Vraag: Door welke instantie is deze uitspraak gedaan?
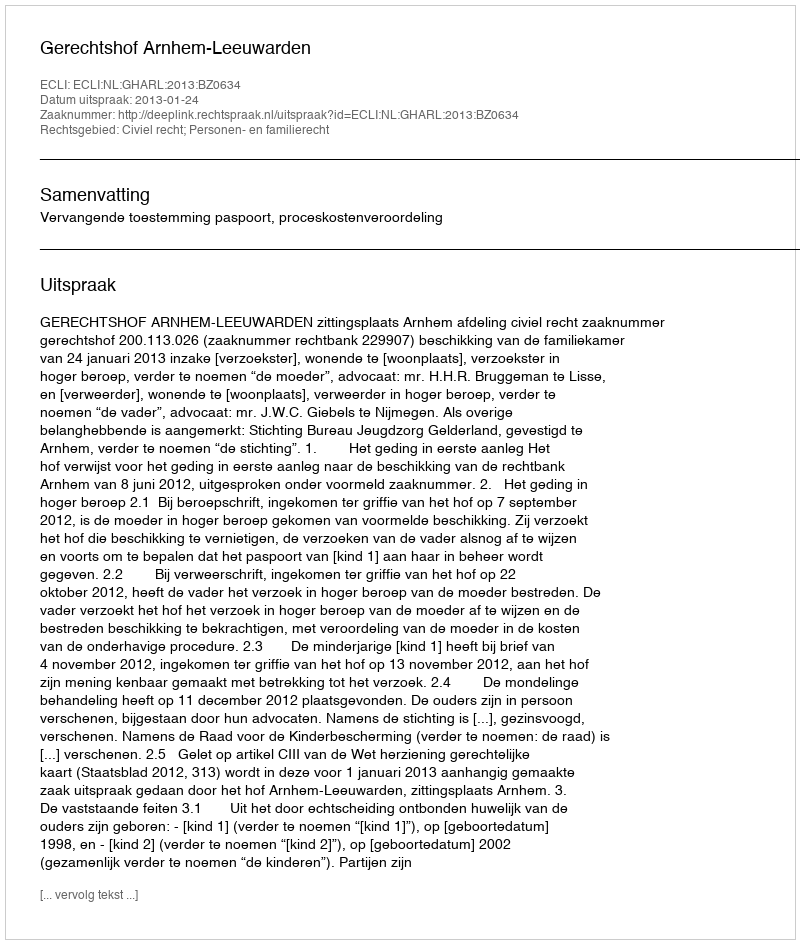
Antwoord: Gerechtshof Arnhem-Leeuwarden